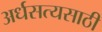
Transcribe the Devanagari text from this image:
अर्धसत्यसाठी